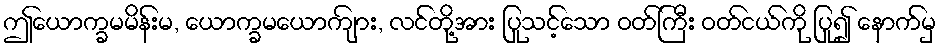
ဤယောက္ခမမိန်းမ, ယောက္ခမယောကျ်ား, လင်တို့အား ပြုသင့်သော ဝတ်ကြီး ဝတ်ငယ်ကို ပြု၍ နောက်မှ